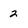
Character: 2